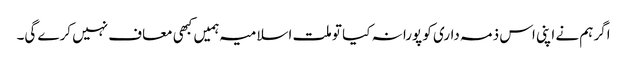
اگر ہم نے اپنی اس ذمہ داری کو پورا نہ کیا تو ملت اسلامیہ ہمیں کبھی معاف نہیں کرے گی۔